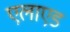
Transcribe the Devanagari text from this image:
एलाएड